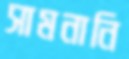
সামনানি